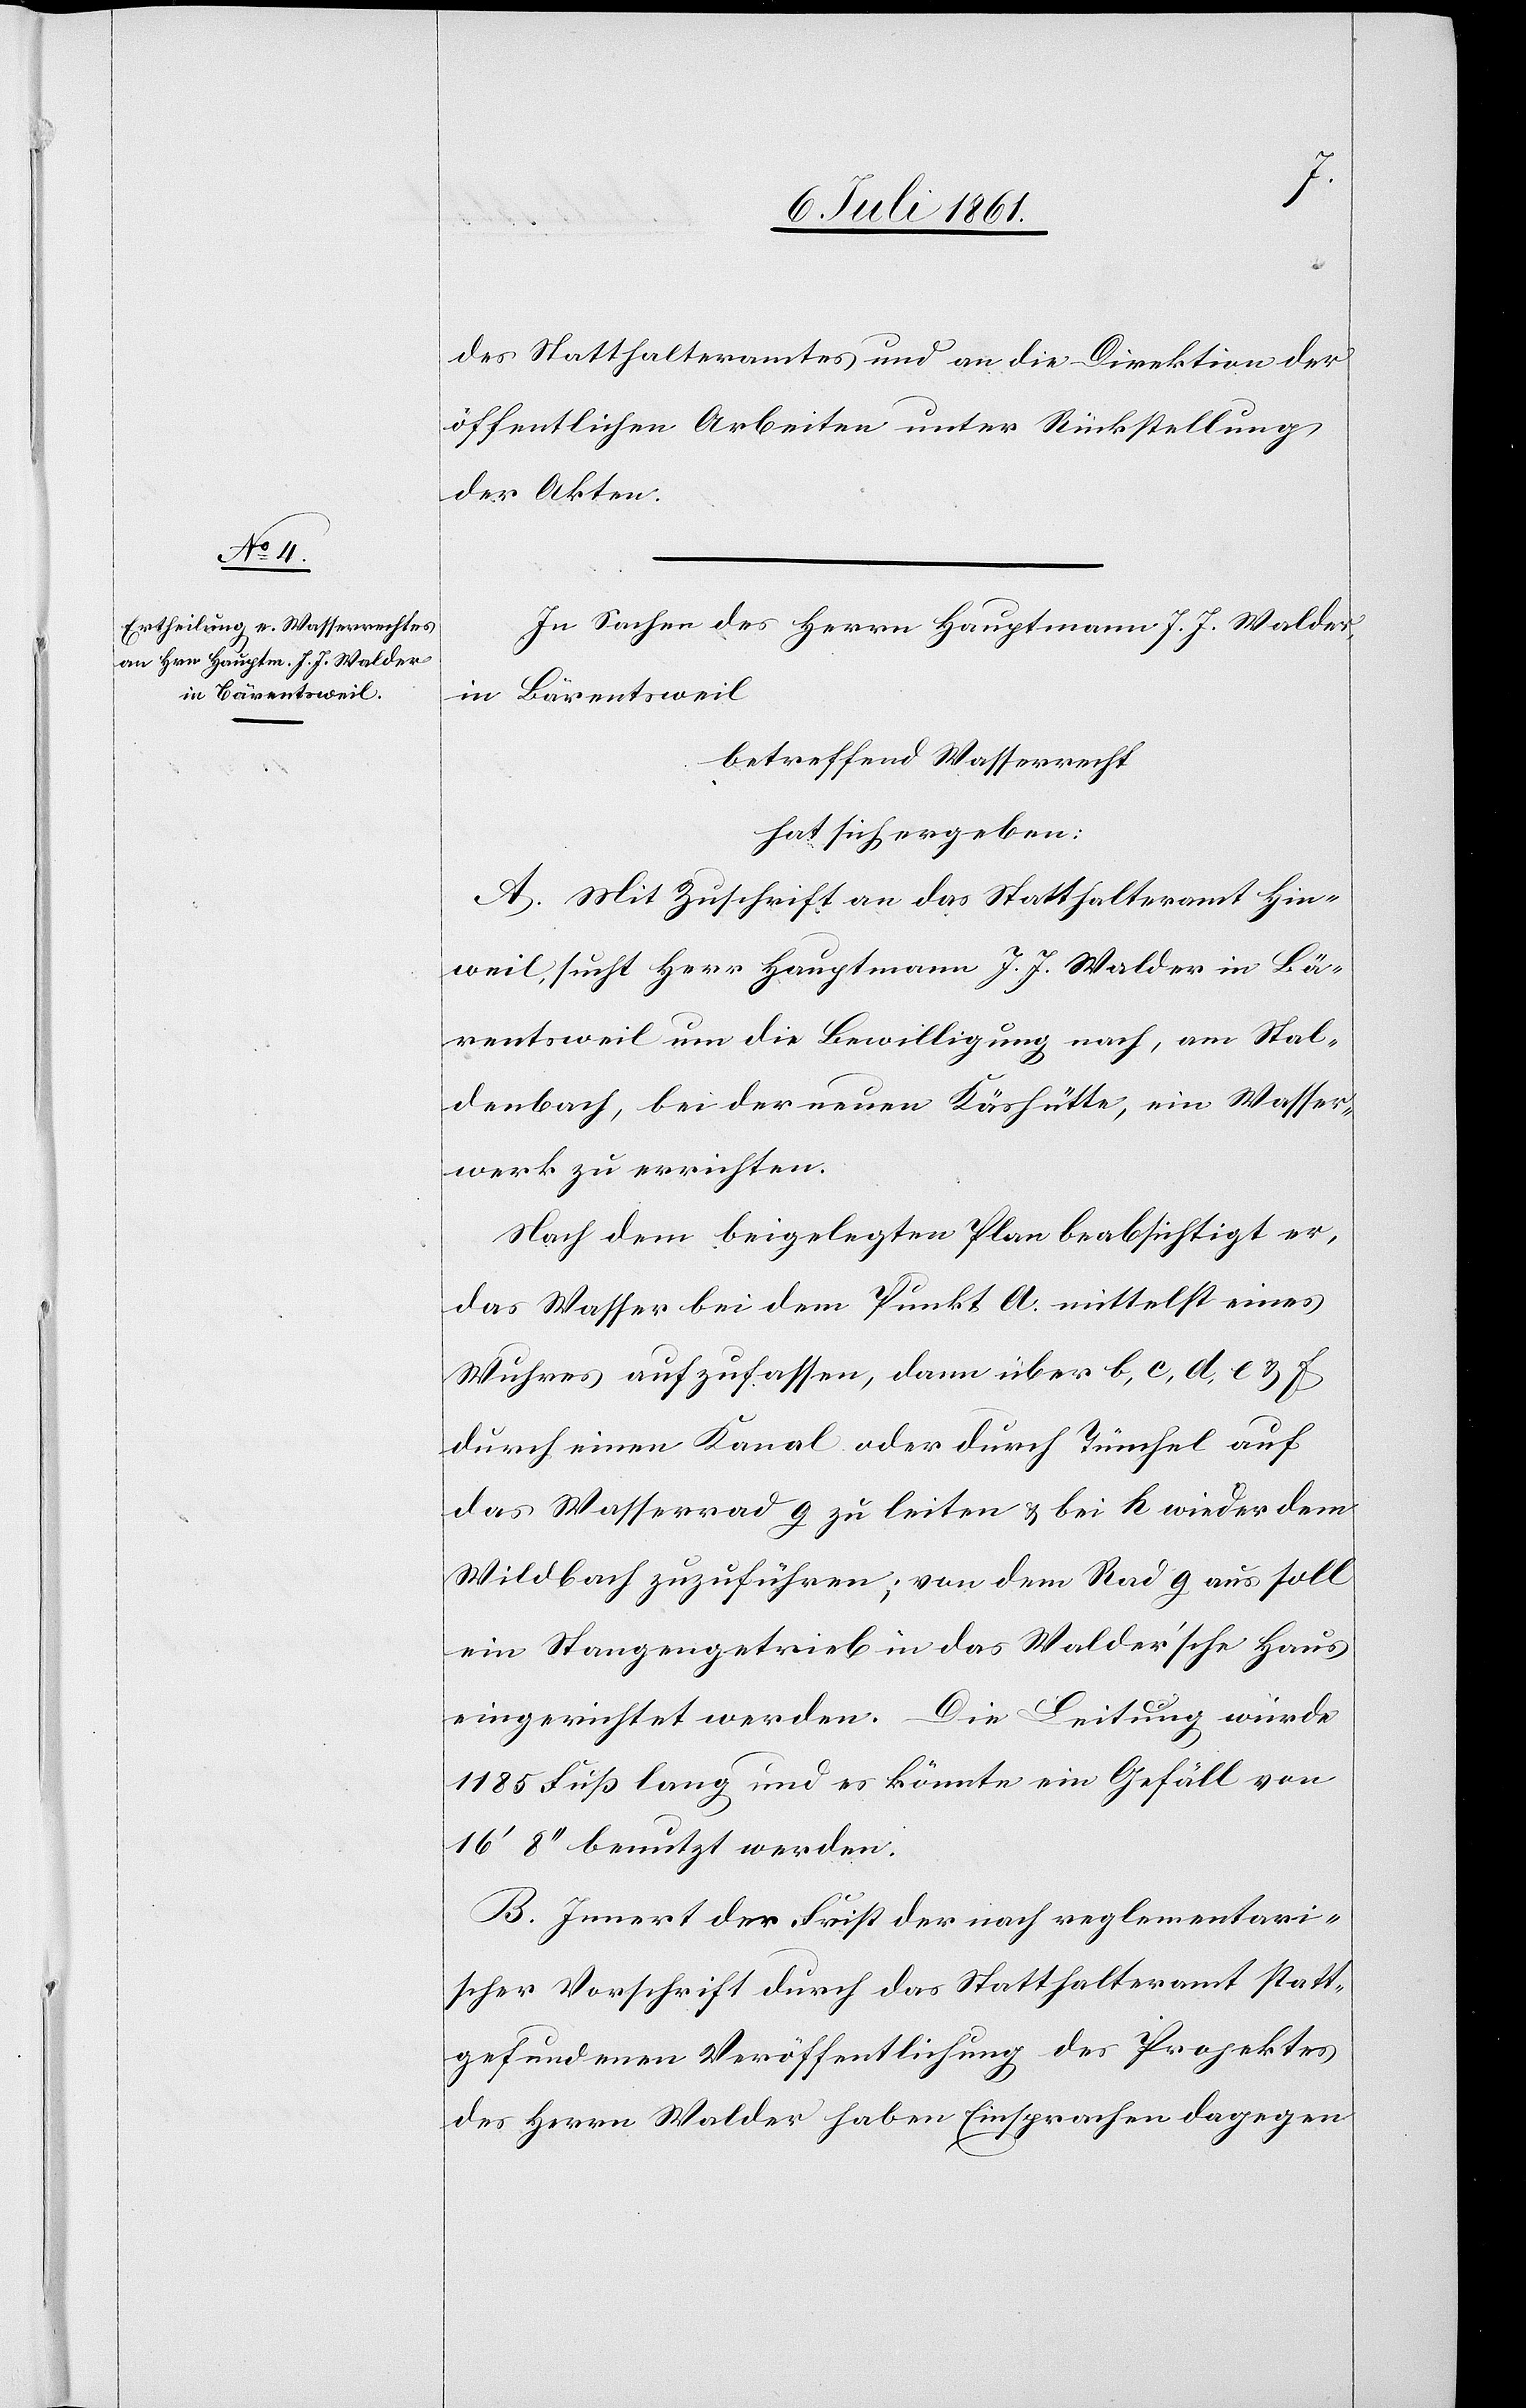
des Statthalteramtes und an die Direktion der
öffentlichen Arbeiten unter Rückstellung
der Akten.
In Sachen des Herrn Hauptmann J. J. Walder,
in Bärentsweil
betreffend Wasserrecht
hat sich ergeben:
A. Mit Zuschrift an das Statthalteramt Hin¬
weil, sucht Herr Hauptmann J. J. Walder in Bä¬
rentsweil um die Bewilligung nach, am Stal¬
denbach, bei der neuen Käshütte, ein Wasser¬
werk zu errichten.
Nach dem beigelegten Plan beabsichtigt er,
das Wasser bei dem Punkt A. mittelst eines
Wuhres aufzufassen, dann über b, c, d, e u. f
durch einen Kanal oder durch Tüchel auf
das Wasserrad g zu leiten u. bei h wieder dem
Wildbach zuzuführen; von dem Rad g aus soll
ein Stangengetrieb in das Walder’sche Haus
eingerichtet werden. Die Leitung würde
1185 Fuß lang und es könnte ein Gefäll von
16’ 8“ benutzt werden.
B. Innert der Frist der nach reglementari¬
scher Vorschrift durch das Statthalteramt statt¬
gefundenen Veröffentlichung des Projektes
des Herrn Walder haben Einsprachen dagegen